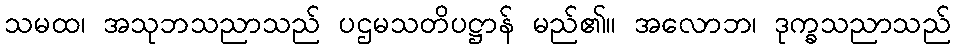
သမထ၊ အသုဘသညာသည် ပဌမသတိပဋ္ဌာန် မည်၏။ အလောဘ၊ ဒုက္ခသညာသည်